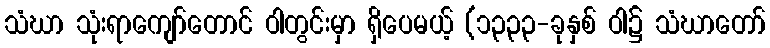
သံဃာ သုံးရာကျော်တောင် ဝါတွင်းမှာ ရှိပေမယ့် (၁၃၃၃-ခုနှစ် ဝါ၌ သံဃာတော်